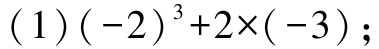
(1)$(-2)^{3}+2\times(-3)$;